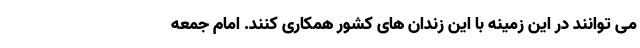
می توانند در این زمینه با این زندان های کشور همکاری کنند. امام جمعه